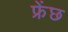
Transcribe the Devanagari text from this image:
फ्रेंछ